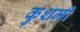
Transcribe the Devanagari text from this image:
कुशमी